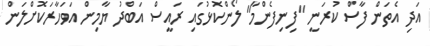
އަދި އެތަން ފާސް ކުރަނީ "ފިނިފެންމާ" ލޯންކޮޅުގައި ރައީސް އަބްދު ޔާމިން އަވަހާރަކޮށްލަން